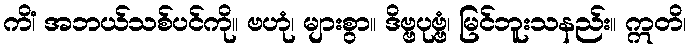
ကိံ၊ အဘယ်သစ်ပင်ကို။ ဗဟုံ၊ များစွာ။ ဒိဗ္ဗပုဗ္ဗံ၊ မြင်ဘူးသနည်း။ ဣတိ၊